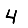
Digit: 4